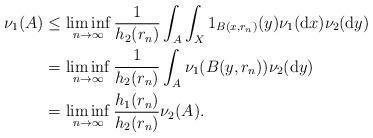
LaTeX: \begin{align*}\begin{aligned}\nu_1(A) & \leq \liminf_{n \rightarrow \infty} \frac{1}{h_2(r_n)} \int_A \int_X 1_{B(x,r_n)}(y) \nu_1(\mathrm{d}x) \nu_2(\mathrm{d}y) \\& = \liminf_{n \rightarrow \infty} \frac{1}{h_2(r_n)} \int_A \nu_1(B(y,r_n)) \nu_2(\mathrm{d}y) \\& = \liminf_{n \rightarrow \infty} \frac{h_1(r_n)}{h_2(r_n)} \nu_2(A).\end{aligned}\end{align*}